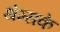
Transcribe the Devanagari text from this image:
थेम्सके